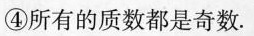
④所有的质数都是奇数.